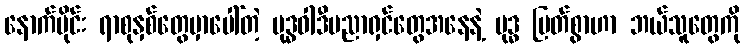
နောက်ပိုင်း ရာစုနှစ်တွေမှာပေါ်တဲ့ ဗုဒ္ဓဝါဒီပညာရှင်တွေအနေနဲ့ ဗုဒ္ဓ မြတ်စွာဟာ ဘယ်သူတွေကို